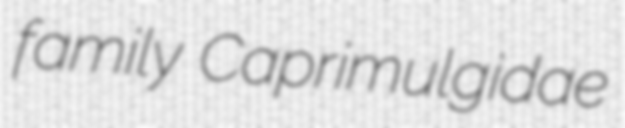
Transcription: family Caprimulgidae